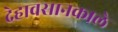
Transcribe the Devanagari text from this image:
देहावसानकाले